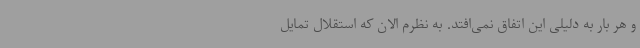
و هر بار به دلیلی این اتفاق نمی‌افتد. به نظرم الان که استقلال تمایل